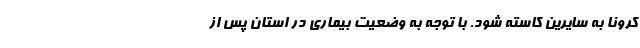
کرونا به سایرین کاسته شود. با توجه به وضعیت بیماری در استان پس از